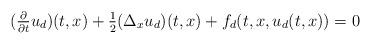
LaTeX: \begin{align*}(\tfrac{\partial }{\partial t} u_d)(t,x) +\tfrac{1}{2} (\Delta_x u_d )(t,x)+f_d(t, x, u_d(t, x))=0\end{align*}